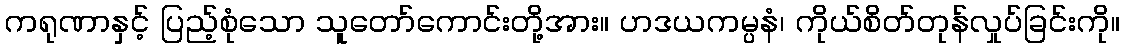
ကရုဏာနှင့် ပြည့်စုံသော သူတော်ကောင်းတို့အား။ ဟဒယကမ္ပနံ၊ ကိုယ်စိတ်တုန်လှုပ်ခြင်းကို။